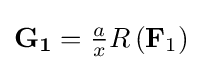
\mathbf {G_{1}} ={\tfrac {a}{x}}R\left(\mathbf {F} _{1}\right)